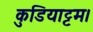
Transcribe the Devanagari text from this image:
कुडियाट्टम।